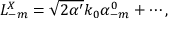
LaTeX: L _ { - m } ^ { X } = \sqrt { 2 \alpha ^ { \prime } } k _ { 0 } \alpha _ { - m } ^ { 0 } + \cdots ,